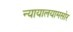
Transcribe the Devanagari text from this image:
न्यायालयामसोर